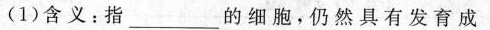
(1)含义：指_的细胞，仍然具有发育成